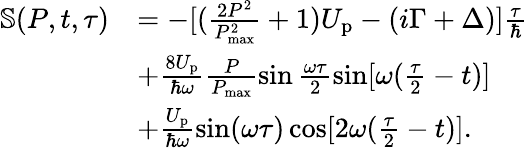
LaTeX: \begin{array}{rl}{\mathbb{S}(P,t,\tau)}&{=-[(\frac{2P^{2}}{P_{\mathrm{max}}^{2}}+1)U_{\mathrm{p}}-(i\Gamma+\Delta)]\frac{\tau}{\hbar}}\\ &{+\frac{8U_{\mathrm{p}}}{\hbar\omega}\frac{P}{P_{\mathrm{max}}}\sin\frac{\omega\tau}{2}\sin[\omega(\frac{\tau}{2}-t)]}\\ &{+\frac{U_{\mathrm{p}}}{\hbar\omega}\sin(\omega\tau)\cos[2\omega(\frac{\tau}{2}-t)].}\end{array}